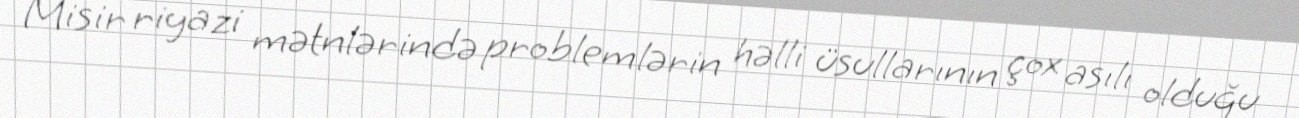
Misir riyazi mətnlərində problemlərin həlli üsullarının çox asılı olduğu